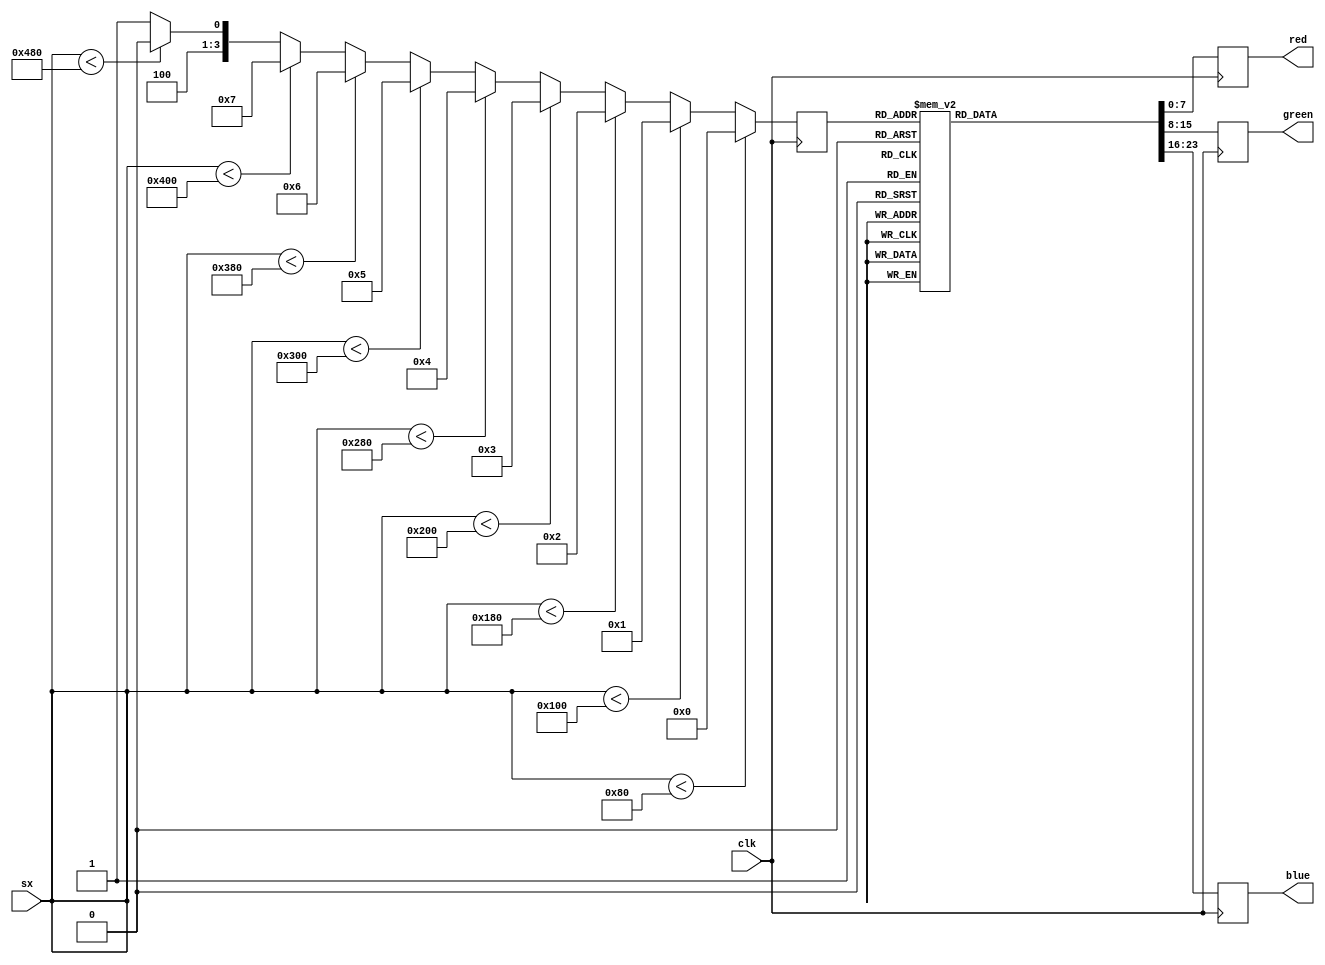
`timescale 1ns / 1ps

// George Smart, M1GEO
// 14/04/2022

module colour_bar(
    input clk,
    output reg [7:0] red,
    output reg [7:0] green,
    output reg [7:0] blue,
    input [15:0] sx
    );

reg [3:0] bar;

always @ (posedge clk) begin
    if (sx < 128)
        bar <= 4'd0;
    else if (sx < 256)
        bar <= 4'd1;
    else if (sx < 384)
        bar <= 4'd2;
    else if (sx < 512)
        bar <= 4'd3;
    else if (sx < 640)
        bar <= 4'd4;
    else if (sx < 768)
        bar <= 4'd5;
    else if (sx < 896)
        bar <= 4'd6;
    else if (sx < 1024)
        bar <= 4'd7;
    else if (sx < 1152)
        bar <= 4'd8;
    else 
        bar <= 4'd9;
end

always @ (posedge clk) begin
    case (bar)
        4'd0: begin
            red <=   8'd104;
            green <= 8'd104;
            blue <=  8'd104;
            end
        4'd1: begin
            red <=   8'd180;
            green <= 8'd180;
            blue <=  8'd180;
            end
        4'd2: begin
            red <=   8'd180;
            green <= 8'd180;
            blue <=  8'd16;
            end
        4'd3: begin
            red <=   8'd16;
            green <= 8'd180;
            blue <=  8'd180;
            end
        4'd4: begin
            red <=   8'd16;
            green <= 8'd180;
            blue <=  8'd16;
            end
        4'd5: begin
            red <=   8'd180;
            green <= 8'd16;
            blue <=  8'd180;
            end
        4'd6: begin
            red <=   8'd180;
            green <= 8'd16;
            blue <=  8'd16;
            end
        4'd7: begin
            red <=   8'd16;
            green <= 8'd16;
            blue <=  8'd180;
            end
         4'd8: begin
            red <=   8'd16;
            green <= 8'd16;
            blue <=  8'd16;
            end
        4'd9: begin
            red <=   8'd235;
            green <= 8'd235;
            blue <=  8'd235;
            end
        default: begin
            red <=   8'd0;
            green <= 8'd0;
            blue <=  8'd0;
            end
    endcase
end

endmodule